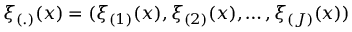
\xi _ { ( . ) } ( x ) = ( \xi _ { ( 1 ) } ( x ) , \xi _ { ( 2 ) } ( x ) , \dots , \xi _ { ( J ) } ( x ) )